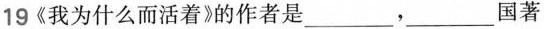
19《我为什么而活着》的作者是___，___国著